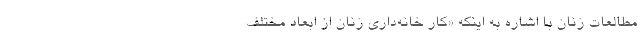
مطالعات زنان با اشاره به اینکه «کار خانه‌داری زنان از ابعاد مختلف